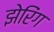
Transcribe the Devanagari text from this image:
झेरिंग